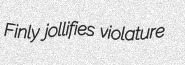
Finly jollifies violature